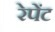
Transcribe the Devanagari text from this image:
रेपेंट